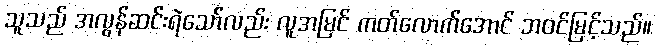
သူသည် အလွန်ဆင်းရဲသော်လည်း လူအမြင် ကတ်လောက်အောင် ဘဝင်မြင့်သည်။